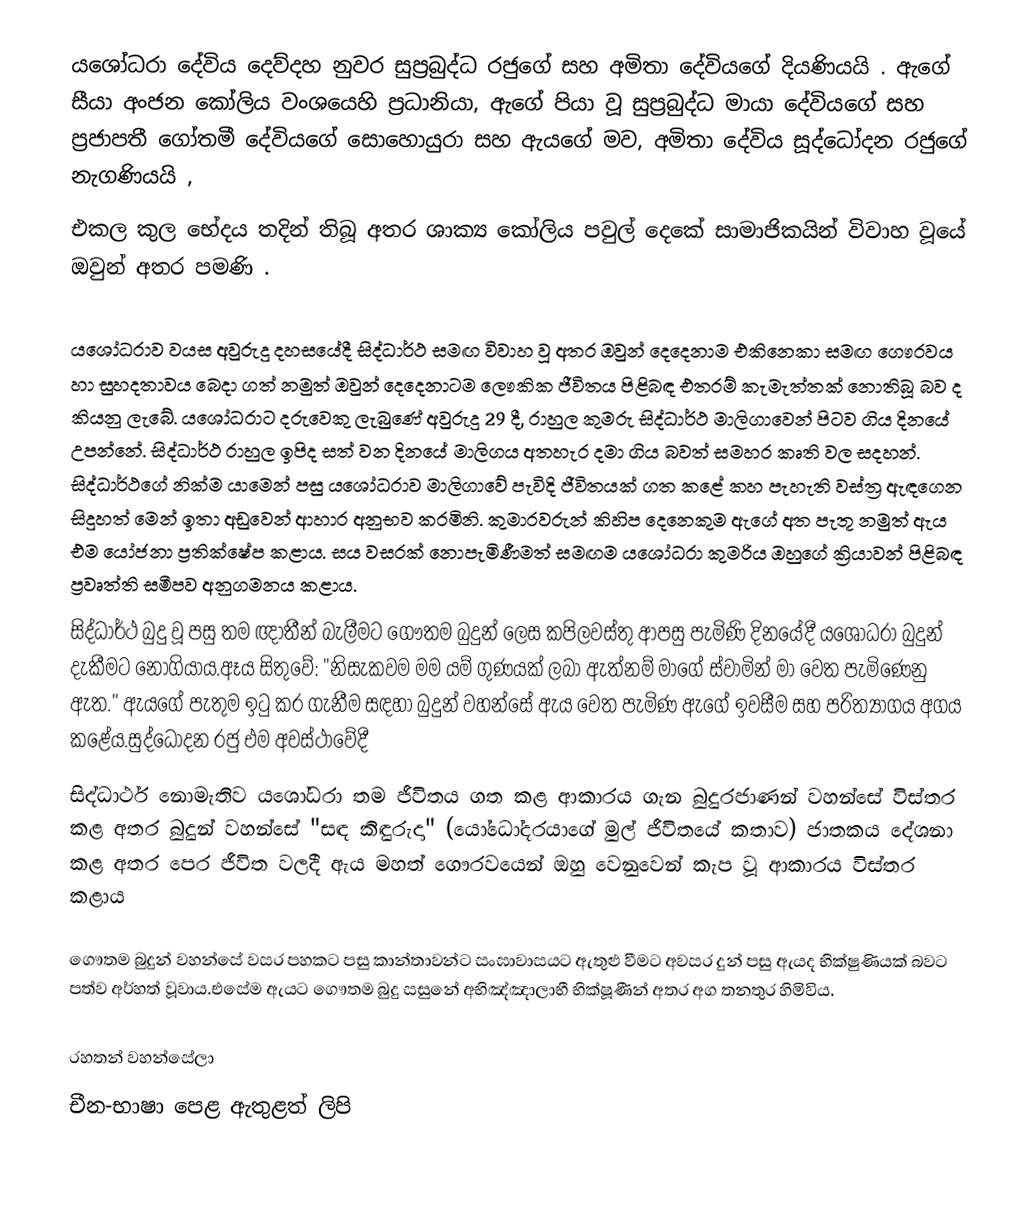
යශෝධරා දේවිය දෙව්දහ නුවර සුප්‍රබුද්ධ රජුගේ සහ අමිතා දේවියගේ දියණියයි . ඇගේ සීයා අංජන කෝලිය වංශයෙහි ප්‍රධානියා, ඇගේ පියා වූ සුප්‍රබුද්ධ මායා දේවියගේ සහ ප්‍රජාපතී ගෝතමී දේවියගේ සොහොයුරා සහ ඇයගේ මව, අමිතා දේවිය සූද්ධෝදන රජුගේ නැගණියයි ,
එකල කුල භේදය තදින් තිබූ අතර ශාක්‍ය කෝලිය පවුල් දෙකේ සාමාජිකයින් විවාහ වූයේ ඔවුන් අතර පමණි .

යශෝධරාව වයස අවුරුදු දහසයේදී සිද්ධාර්ථ සමඟ විවාහ වූ අතර ඔවුන් දෙදෙනාම එකිනෙකා සමඟ ගෞරවය හා සුහදතාවය බෙදා ගත් නමුත් ඔවුන් දෙදෙනාටම ලෞකික ජීවිතය පිළිබඳ එතරම් කැමැත්තක් නොතිබූ බව ද කියනු ලැබේ. යශෝධරාට දරුවෙකු ලැබුණේ අවුරුදු 29 දී, රාහුල කුමරු සිද්ධාර්ථ මාලිගාවෙන් පිටව ගිය දිනයේ උපන්නේ. සිද්ධාර්ථ රාහුල ඉපිද සත් වන දිනයේ මාලිගය අතහැර දමා ගිය බවත් සමහර කෘති වල සදහන්. සිද්ධාර්ථගේ නික්ම යාමෙන් පසු යශෝධරාව මාලිගාවේ පැවිදි ජීවිතයක් ගත කළේ කහ පැහැති වස්ත්‍ර ඇඳගෙන සිදුහත් මෙන් ඉතා අඩුවෙන් ආහාර අනුභව කරමිනි. කුමාරවරුන් කිහිප දෙනෙකුම ඇගේ අත පැතූ නමුත් ඇය එම යෝජනා ප්‍රතික්ෂේප කළාය. සය වසරක් නොපැමිණීමත් සමඟම යශෝධරා කුමරිය ඔහුගේ ක්‍රියාවන් පිළිබඳ ප්‍රවෘත්ති සමීපව අනුගමනය කළාය.
සිද්ධාර්ථ බුදු වූ පසු තම ඥාතීන් බැලීමට ගෞතම බුදුන් ලෙස කපිලවස්තු ආපසු පැමිණි දිනයේදී යශෝධරා බුදුන් දැකීමට නොගියාය.ඈය සිතුවේ: "නිසැකවම මම යම් ගුණයක් ලබා ඇත්නම් මාගේ ස්වාමින් මා වෙත පැමිණෙනු ඇත." ඇයගේ පැතුම ඉටු කර ගැනීම සඳහා බුදුන් වහන්සේ ඇය වෙත පැමිණ ඇගේ ඉවසීම සහ පරිත්‍යාගය අගය කළේය.සුද්ධෝදන රජු එම අවස්ථාවේදී
සිද්ධාර්ථ නොමැතිව යශෝධරා තම ජීවිතය ගත කළ ආකාරය ගැන බුදුරජාණන් වහන්සේ විස්තර කළ අතර  බුදුන් වහන්සේ "සඳ කිඳුරුදා" (යෝධෝදරයාගේ මුල් ජීවිතයේ කතාව)  ජාතකය දේශනා කළ අතර පෙර ජීවිත වලදී ඇය මහත් ගෞරවයෙන් ඔහු වෙනුවෙන් කැප වූ ආකාරය විස්තර කළාය

ගෞතම බුදුන් වහන්සේ වසර පහකට පසු කාන්තාවන්ට සංඝාවාසයට ඇතුළු වීමට අවසර දුන් පසු ඇයද භික්ෂුණියක් බවට පත්ව අර්හත් වූවාය.එසේම ඇයට ගෞතම බුදු සසුනේ අභිඤ්ඤාලාභී භික්ෂූණීන් අතර අග තනතුර හිමිවිය.

රහතන් වහන්සේලා
චීන-භාෂා පෙළ ඇතුළත් ලිපි